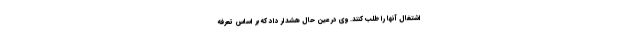
اشتغال آنها را طلب کنند. وی در عین حال هشدار داد که بر اساس تعرفه